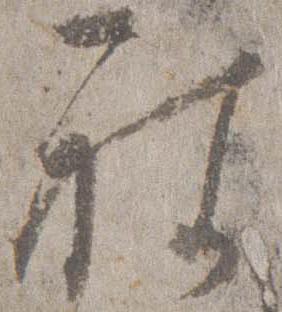
被